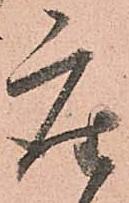
座